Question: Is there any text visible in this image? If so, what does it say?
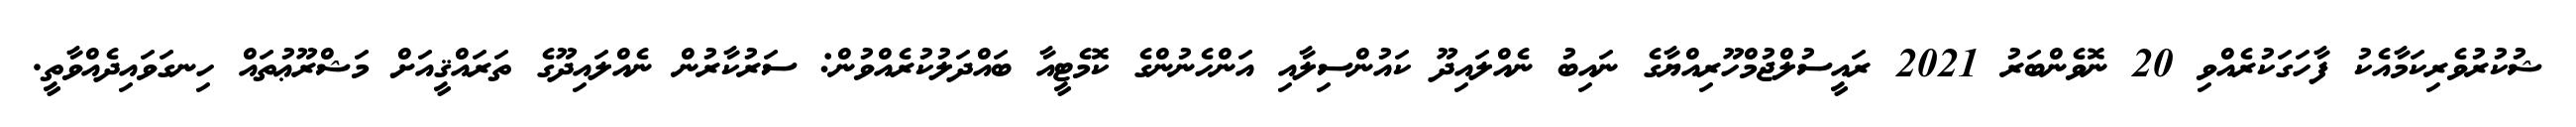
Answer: ޝުކުރުވެރިކަމާއެކު ފާހަގަކުރެއްވި 20 ނޮވެންބަރު 2021 ރައީސުލްޖުމްހޫރިއްޔާގެ ނައިބު ނެއްލައިދޫ ކައުންސިލާއި އަންހެނުންގެ ކޮމެޓީއާ ބައްދަލުކުރެއްވުން: ސަރުކާރުން ނެއްލައިދޫގެ ތަރައްޤީއަށް މަޝްރޫޢުތައް ހިނގަވައިދެއްވާތީ.